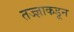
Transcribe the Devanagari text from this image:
तज्‍ज्ञाकडून